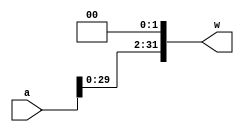
`timescale 1ns/1ns
module Shifter(input [31:0] a, output [31:0] w);
	assign w = {a[29:0], 2'b0};
endmodule